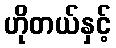
ဟိုတယ်နှင့်